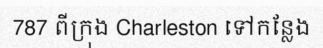
787 ពីក្រុង Charleston ទៅកន្លែង